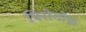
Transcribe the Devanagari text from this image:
पिरोगोफ़